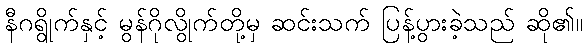
နီဂရွိုက်နှင့် မွန်ဂိုလွိုက်တို့မှ ဆင်းသက် ပြန့်ပွားခဲ့သည် ဆို၏။